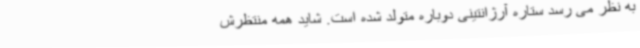
به نظر می رسد ستاره آرژانتینی دوباره متولد شده است. شاید همه منتظرش